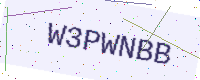
Text: W3PWNBB